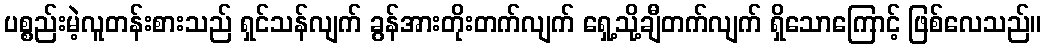
ပစ္စည်းမဲ့လူတန်းစားသည် ရှင်သန်လျက် ခွန်အားတိုးတက်လျက် ရှေ့သို့ချီတက်လျက် ရှိသောကြောင့် ဖြစ်လေသည်။